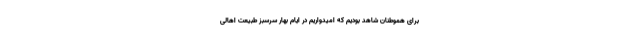
برای هموطنان شاهد بودیم که امیدواریم در ایام بهار سرسبز طبیعت اهالی